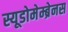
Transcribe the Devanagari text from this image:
स्यूडोमेम्ब्रेनस